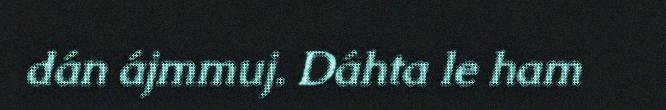
dán ájmmuj. Dáhta le ham